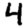
Digit: 4